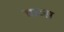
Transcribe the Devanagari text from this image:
याव्स